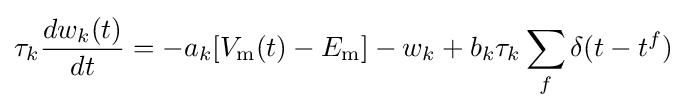
\tau _{k}{\frac {dw_{k}(t)}{dt}}=-a_{k}[V_{\mathrm {m} }(t)-E_{\mathrm {m} }]-w_{k}+b_{k}\tau _{k}\sum _{f}\delta (t-t^{f})